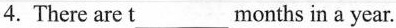
4. There are t___months _in a year.